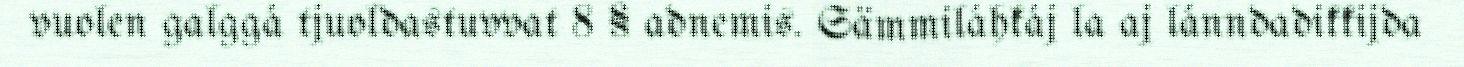
vuolen galggá tjuoldastuvvat 8 § adnemis. Sämmiláhkáj la aj lánndadikkijda